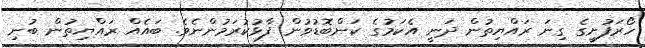
ހޯރަފުށީގެ ގިނަ ރައްޔިތުން ދަނީ އެކަމުގެ ކަންބޮޑުވުން ފާޅުކުރަމުންނެވެ. ބައެއް ރައްޔިތުން ބުނި